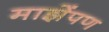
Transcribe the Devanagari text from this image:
माझेंपण